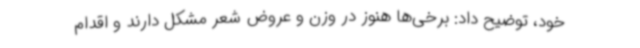
خود، توضیح داد: برخی‌ها هنوز در وزن و عروض شعر مشکل دارند و اقدام